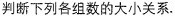
判断下列各组数的大小关系.